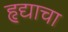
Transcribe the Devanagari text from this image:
हृद्याचा